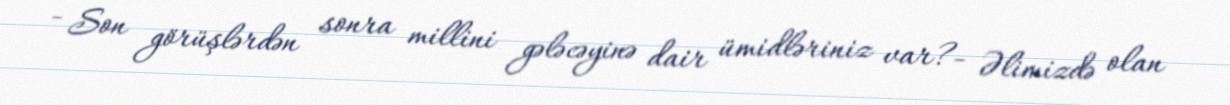
- Son görüşlərdən sonra millini gələcəyinə dair ümidləriniz var?- Əlimizdə olan